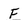
Character: F